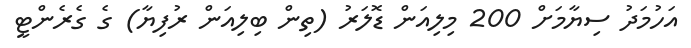
އަހުމަދު ސިޔާމަށް 200 މިލިއަން ޑޮލަރު (ތިން ބިލިއަން ރުފިޔާ) ގެ ގެރެންޓީ